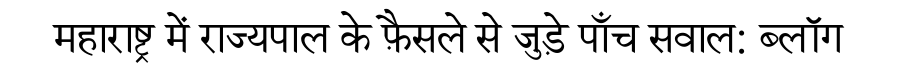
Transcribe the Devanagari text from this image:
महाराष्ट्र में राज्यपाल के फ़ैसले से जुड़े पाँच सवाल: ब्लॉग